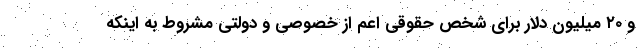
و ۲۰ میلیون دلار برای شخص حقوقی اعم از خصوصی و دولتی مشروط به اینکه